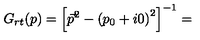
G _ { r t } ( p ) = { \left[ { \vec { p } } ^ { 2 } - { ( p _ { 0 } + i 0 ) } ^ { 2 } \right] } ^ { - 1 } =